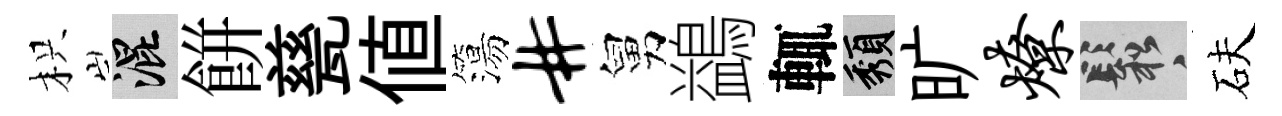
枳混餅甆值簜#舅鷁輒頽旷燎鬆砆